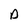
Character: D